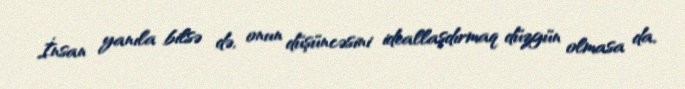
İnsan yanıla bilsə də, onun düşüncəsini ideallaşdırmaq düzgün olmasa da,